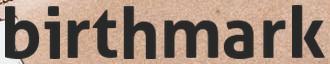
birthmark